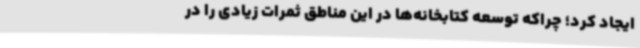
ایجاد کرد؛ چراکه توسعه کتابخانه‌ها در این مناطق ثمرات زیادی را در